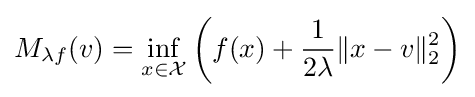
M_{\lambda f}(v)=\inf _{x\in {\mathcal {X}}}\left(f(x)+{\frac {1}{2\lambda }}\|x-v\|_{2}^{2}\right)